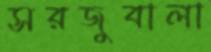
সরজুবালা